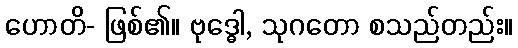
ဟောတိ- ဖြစ်၏။ ဗုဒ္ဓေါ, သုဂတော စသည်တည်း။